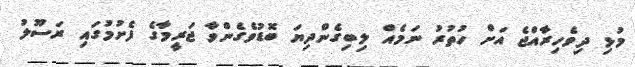
މުޅި ދިވެހިރާއްޖެ އަށް ހުތުރު ނަމެއް ލިބިގެންދިޔަ ބޮޑުވެގެންވާ ޖަރީމާގެ ފެށުމުގައި ރަސޫލު